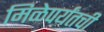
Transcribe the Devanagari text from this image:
मिळेपर्यंतची